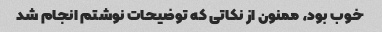
خوب بود، ممنون از نکاتی که توضیحات نوشتم انجام شد